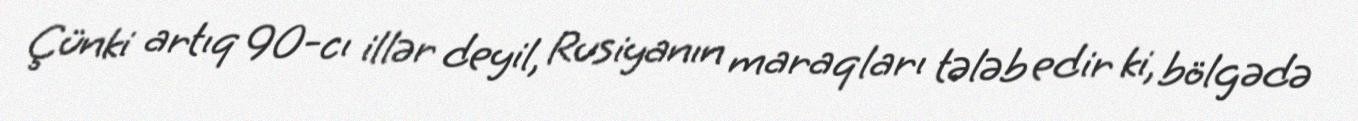
Çünki artıq 90-cı illər deyil, Rusiyanın maraqları tələb edir ki, bölgədə